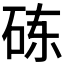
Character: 𬒃